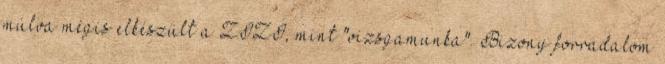
múlva mégis elkészült a ZIZI, mint "vizsgamunka". Bizony forradalom